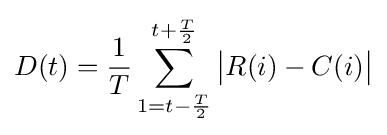
D(t)={\frac {1}{T}}\sum _{1=t-{\frac {T}{2}}}^{t+{\frac {T}{2}}}{\begin{vmatrix}R(i)-C(i)\end{vmatrix}}